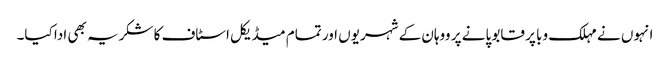
انہوں نے مہلک وبا پر قابو پانے پر ووہان کے شہریوں اور تمام میڈیکل اسٹاف کا شکریہ بھی ادا کیا۔